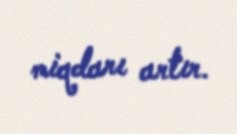
miqdarı artır.